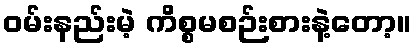
ဝမ်းနည်းမဲ့ ကိစ္စမစဉ်းစားနဲ့တော့။